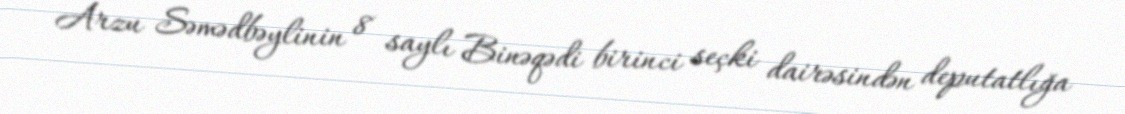
Arzu Səmədbəylinin 8 saylı Binəqədi birinci seçki dairəsindən deputatlığa